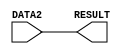
`define REG_SIZE 8
`define REG_ADDRESS_SIZE 3


module mov_module (DATA2,RESULT);
    input [`REG_SIZE-1:0] DATA2;
    output [`REG_SIZE-1:0] RESULT;

    assign RESULT = DATA2;

endmodule

module add_module (DATA1,DATA2,RESULT);
    input [`REG_SIZE-1:0] DATA1;
    input [`REG_SIZE-1:0] DATA2;
    output reg [`REG_SIZE-1:0] RESULT;
    
    always @(*) 
    begin   // add - sub
    if (DATA2 < 0)  // or we can use (DATA2[7]) as the condition
        RESULT = DATA1 - DATA2;
    else
        RESULT = DATA1 + DATA2;
    end

endmodule

module and_module (DATA1,DATA2,RESULT);
    input [`REG_SIZE-1:0] DATA1;
    input [`REG_SIZE-1:0] DATA2;
    output [`REG_SIZE-1:0] RESULT;

    assign RESULT = DATA1 & DATA2;

endmodule

module or_module (DATA1,DATA2,RESULT);
    input [`REG_SIZE-1:0] DATA1;
    input [`REG_SIZE-1:0] DATA2;
    output [`REG_SIZE-1:0] RESULT;

    assign RESULT = DATA1 | DATA2;


endmodule

module alu (DATA1,DATA2,RESULT,SELECT);
    input [`REG_SIZE-1:0] DATA1;
    input [`REG_SIZE-1:0] DATA2;
    output reg [`REG_SIZE-1:0] RESULT; // if we want to use wire insted of reg , we woud have to use 'assign' to do that use internal_RESULT and assign to RESULT at the end
    input [`REG_ADDRESS_SIZE-1:0] SELECT;

    // making wires to have each module's answer.
    wire [`REG_SIZE-1:0] MOV_RESULT;     
    wire [`REG_SIZE-1:0] ADD_RESULT;
    wire [`REG_SIZE-1:0] AND_RESULT;
    wire [`REG_SIZE-1:0] OR_RESULT;

    // making instences for each module with seperated output 
    mov_module mov1(DATA2, MOV_RESULT);
    add_module add1(DATA1, DATA2, ADD_RESULT);
    and_module and1(DATA1, DATA2, AND_RESULT);
    or_module or1(DATA1, DATA2, OR_RESULT);

    // always block * to run the block whenever any input changes  
    always @(*)
    begin
        case (SELECT) //to SELECT what to output as a mux
        3'b000: // forward
            #1 RESULT = MOV_RESULT; 
        3'b001: // add or sub
            #2 RESULT = ADD_RESULT;
        3'b010: // and
            #1 RESULT = AND_RESULT;
        3'b011: // or
            #1 RESULT = OR_RESULT;
        //default: 3'b1xx is reserved        
        
        endcase
    end 
endmodule